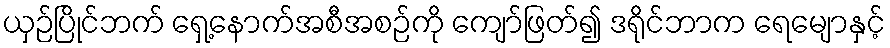
ယှဉ်ပြိုင်ဘက် ရှေ့နောက်အစီအစဉ်ကို ကျော်ဖြတ်၍ ဒရိုင်ဘာက ရေမျောနှင့်